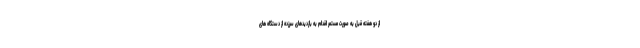
از دو هفته قبل به صورت مستمر اقدام به بازدیدهای سرزده از دستگاه های